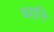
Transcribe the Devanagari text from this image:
ध्यानि